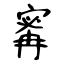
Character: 寗